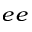
_ { e e }